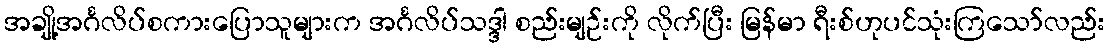
အချို့အင်္ဂလိပ်စကားပြောသူများက အင်္ဂလိပ်သဒ္ဒါ စည်းမျဉ်းကို လိုက်ပြီး မြန်မာ ရီးစ်ဟုပင်သုံးကြသော်လည်း